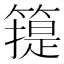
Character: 𥳳